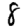
Digit: 8